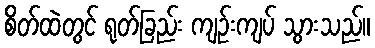
စိတ်ထဲတွင် ရုတ်ခြည်း ကျဉ်းကျပ် သွားသည်။